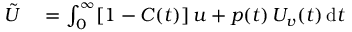
\begin{array} { r l } { \tilde { U } } & { { } = \int _ { 0 } ^ { \infty } [ 1 - C ( t ) ] \, u + p ( t ) \, U _ { v } ( t ) \, \mathrm { d } t } \end{array}